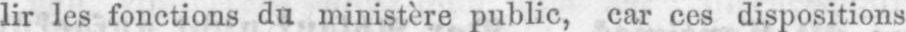
lir les fonctions du ministère public, car ces dispositions